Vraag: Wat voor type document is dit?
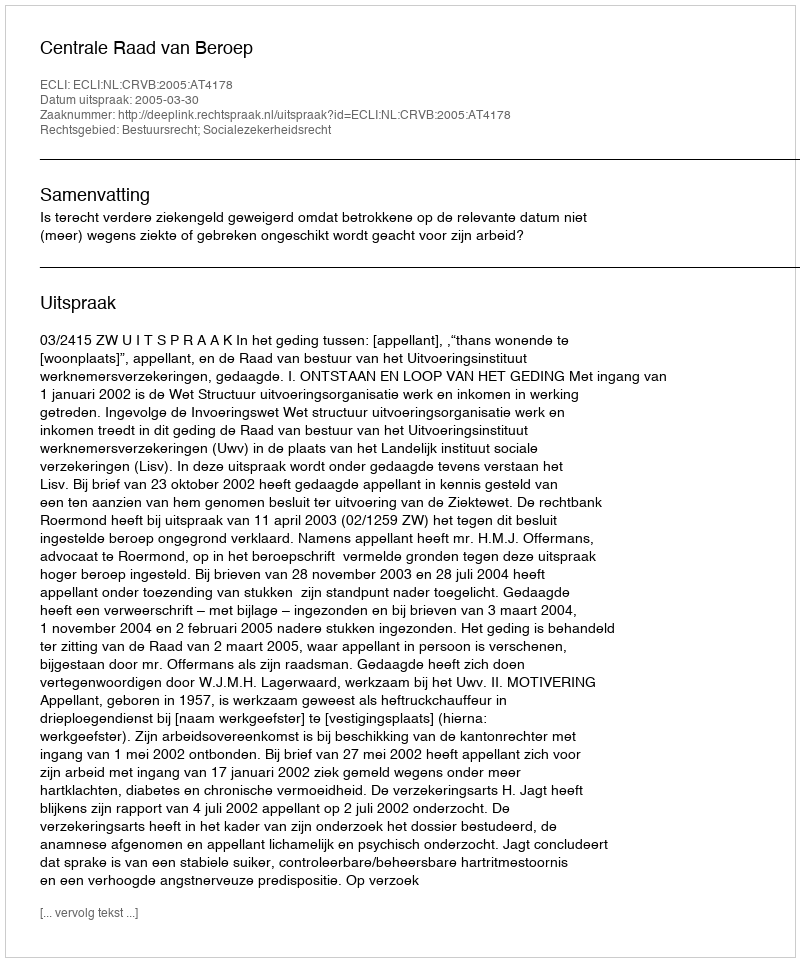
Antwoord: Uitspraak